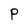
Character: P